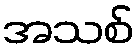
အသစ်